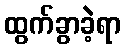
ထွက်ခွာခဲ့ရာ